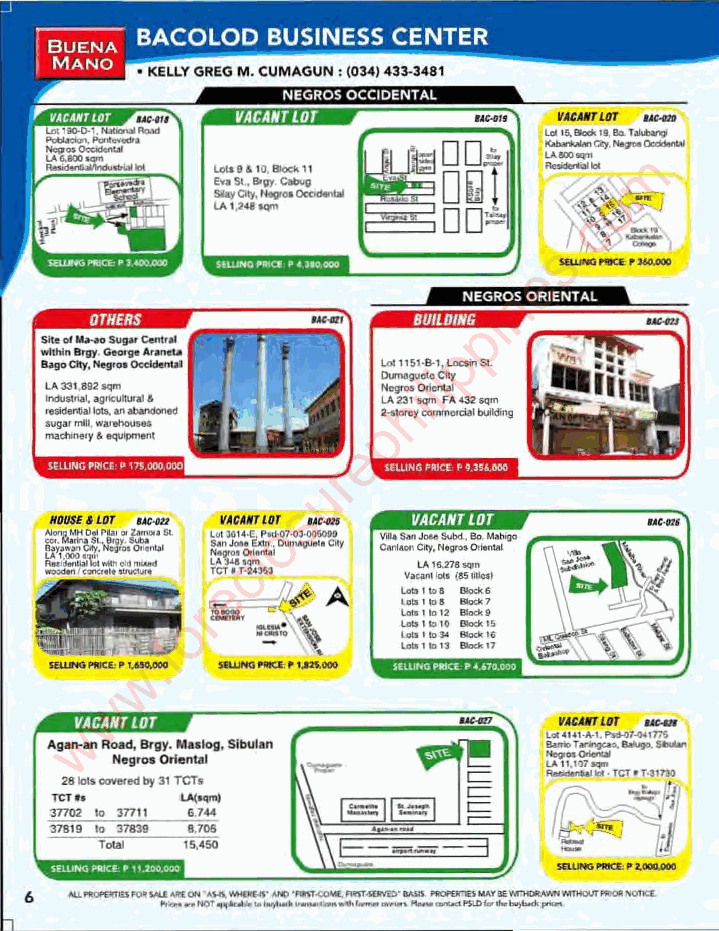
m
 o
 c
 .
 s
 e
 MMnfi·@M,j
 i
 OTHERS                   p
 -
 -""p
 ,-  -...              l<O,,!. l ..i..... ~SO'
 -t -.A .33 .0, -_ ~. .. .. ... .. .... p2t-.A _2h3i I_~ _FA <3Z
 ~
 _
 -~,-                e
 r  UWI'<O ••o « .........
 u
 --
 s
 -~ ~ ~1l ~1 '~I .W " CE , lc -'! ; t _~ -T f .. .-. . . . "~ _&_ "'_
 f
 . _• oreVAC cU lTL/IoT c_ -s c
 ,.. ..
 '.
 V... ..
 .... o
 .
 V
 .. ....
 ,
 ,_A
 .
 ,,
 ,'.,
 . .. . ..
 ..C .
 ' ... .. . . "
 _A
 . . ,
 ."
 "._
 " .
 ..N
 " 1 (1
 T
 .
 - -
 --__
 . .
 . .L 8 ~._O 0
 . ,
 "
 "". .T - . ,..,,.._ _,
 .
 w                """'0"""" .... ' .....
 w
 --
 wVACANT LOT                    ._...V. r"U,_U . ...T. _,I.-I_.T0 ,_-4_0,, _'"
 "'''.'.'-
 -"'=""'''''
 fMj
 .. ,,--
 ...
 ",
 ~"'""
 •